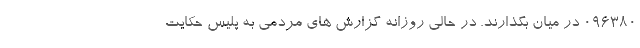
۰۹۶۳۸۰ در میان بگذارند. در حالی روزانه گزارش های مردمی به پلیس حکایت